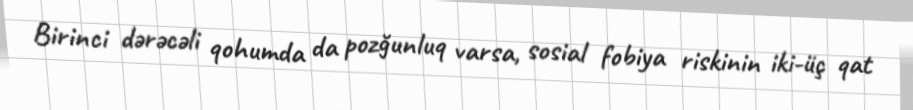
Birinci dərəcəli qohumda da pozğunluq varsa, sosial fobiya riskinin iki-üç qat